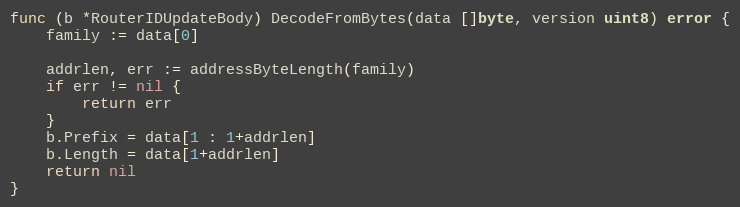
Language: Go
func (b *RouterIDUpdateBody) DecodeFromBytes(data []byte, version uint8) error {
	family := data[0]

	addrlen, err := addressByteLength(family)
	if err != nil {
		return err
	}
	b.Prefix = data[1 : 1+addrlen]
	b.Length = data[1+addrlen]
	return nil
}